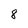
Character: 8